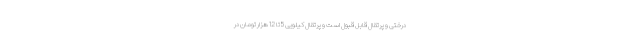
درختی و پرتقال قابل قبول است و پرتقال کیلویی 5 تا 12 هزار تومان در